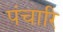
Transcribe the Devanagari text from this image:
पंचारि